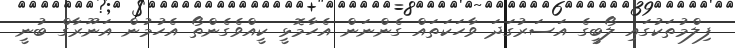
ފިލްމުތަކުގައި ލޯބީގެ އަސަރުގަދަ ވާހަކަތައް ގެންނަން އެހާމޮޅީ ކީއްވެގެންތޯ އެހުމުން އަނޫރާގް ބުނީ